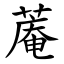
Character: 蓭